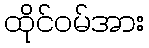
ထိုင်ဝမ်အား